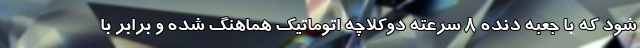
شود که با جعبه دنده 8 سرعته دوکلاچه اتوماتیک هماهنگ شده و برابر با